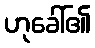
ဟုခေါ်၏